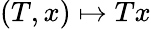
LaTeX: (T,x)\mapsto Tx